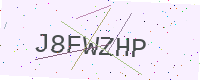
Text: J8FWZHP